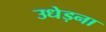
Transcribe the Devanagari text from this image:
उधेड़ना